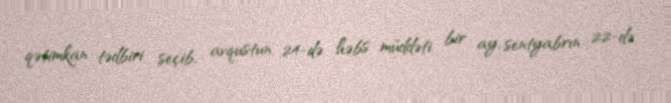
qətimkan tədbiri seçib, avqustun 24-də həbs müddəti bir ay, sentyabrın 22-də